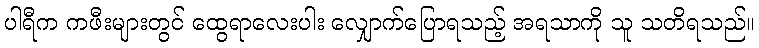
ပါရီက ကဖီးများတွင် ထွေရာလေးပါး လျှောက်ပြောရသည့် အရသာကို သူ သတိရသည်။